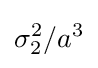
\sigma _{2}^{2}/a^{3}